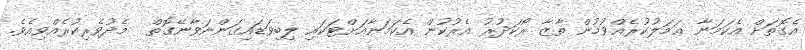
އެގޮތަށް އެކަމަނާ ޢަމަލުކުރެއްވުމުން ތާޒާ ރޯކަދުރު އެރުކުން އެކަމަނާއަށްޓަކައި ލިބިވަޑައިގަންނަވާނޭގޮތް  މެދުވެރިކުރެއްވިއެވެ.